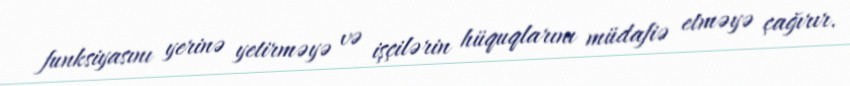
funksiyasını yerinə yetirməyə və işçilərin hüquqlarını müdafiə etməyə çağırır.